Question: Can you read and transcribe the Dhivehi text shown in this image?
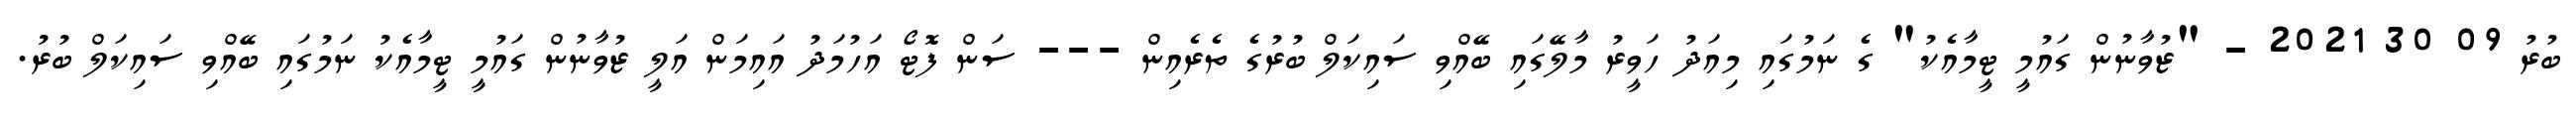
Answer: ބުރު 09 30 2021 - "ޒުވާނުން ގައުމީ ޓީމާއެކު" ގެ ނަމުގައި މިއަދު ހަވީރު މާލޭގައި ބޭއްވި ސައިކަލް ބުރުގެ ތެރެއިން --- ސަން ފޮޓޯ އަހުމަދު އައިމަން އަލީ ޒުވާނުން ގައުމީ ޓީމާއެކު ނަމުގައި ބޭއްވި ސައިކަލް ބުރު.